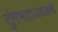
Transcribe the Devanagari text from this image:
तुंगभद्राजवळचे